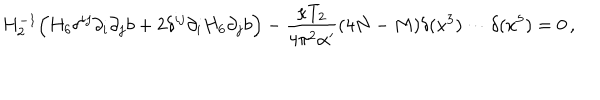
LaTeX: H _ { 2 } ^ { - 1 } \Big ( H _ { 6 } \delta ^ { i j } \partial _ { i } \partial _ { j } b + 2 \delta ^ { i j } \partial _ { i } H _ { 6 } \partial _ { j } b \Big ) - \frac { \kappa T _ { 2 } } { 4 \pi ^ { 2 } \alpha ^ { \prime } } ( 4 N - M ) \delta ( x ^ { 3 } ) \cdots \delta ( x ^ { 5 } ) = 0 \, ,